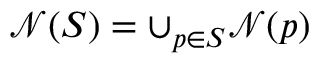
\mathcal { N } ( S ) = \cup _ { p \in S } \mathcal { N } ( p )